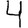
Digit: 4